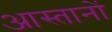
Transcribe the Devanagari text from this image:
आस्तानों